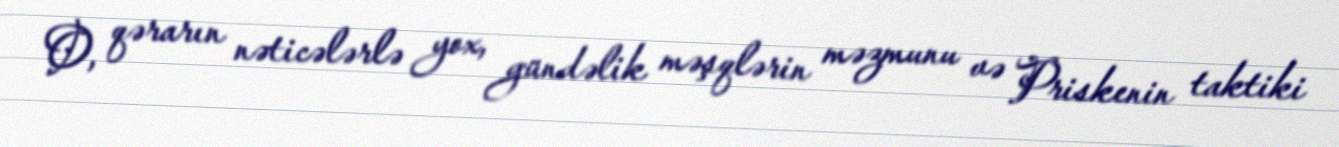
O, qərarın nəticələrlə yox, gündəlik məşqlərin məzmunu və Priskenin taktiki